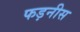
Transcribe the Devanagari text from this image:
फड़नीस